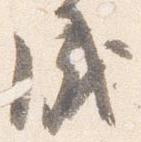
成